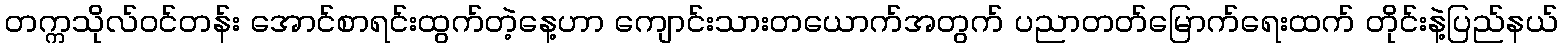
တက္ကသိုလ်ဝင်တန်း အောင်စာရင်းထွက်တဲ့နေ့ဟာ ကျောင်းသားတယောက်အတွက် ပညာတတ်မြောက်ရေးထက် တိုင်းနဲ့ပြည်နယ်